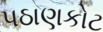
પઠાણકોટ